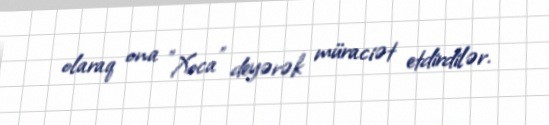
olaraq ona "Xoca" deyərək müraciət etdirdilər.